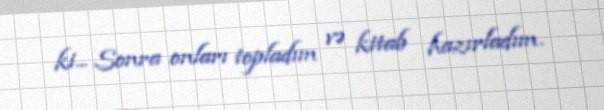
ki... Sonra onları topladım və kitab hazırladım.